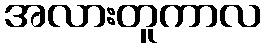
အလားတူကာလ